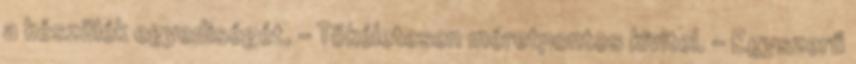
a készülék egyediségét. - Tökéletesen méretpontos kivitel. - Egyszerű